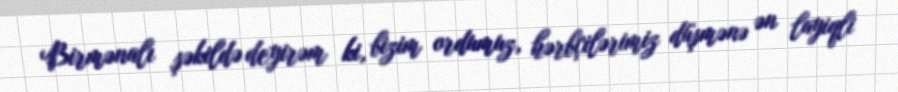
Birmənalı şəkildə deyirəm ki, bizim ordumuz, hərbçilərimiz düşmənə ən layiqli